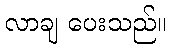
လာချ ပေးသည်။